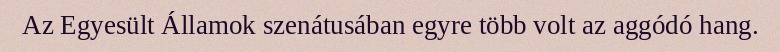
Az Egyesült Államok szenátusában egyre több volt az aggódó hang.